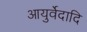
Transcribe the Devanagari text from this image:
आयुर्वेदादि